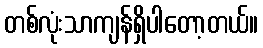
တစ်လုံးသာကျန်ရှိပါတော့တယ်။